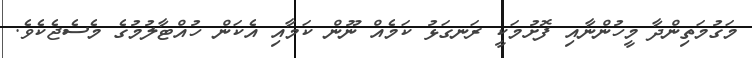
މަގުމަތިންދާ މީހުންނާއި ފޮށުމަކީ ރަނގަޅު ކަމެއް ނޫން ކަމާއި އެކަން ހުއްޓާލުމުގެ މެސެޖެކެވެ.